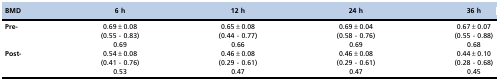
| BMD | 6 h | 12 h | 24 h | 36 h |
 | --- | --- | --- | --- | --- |
 | <ROWSPAN=3> Pre- | 0.69±0.08 | 0.65±0.08 | 0.69±0.04 | 0.67±0.07 |
 | (0.55 - 0.83) | (0.44 - 0.77) | (0.58 - 0.76) | (0.55 - 0.88) |
 | 0.69 | 0.66 | 0.69 | 0.68 |
 | <ROWSPAN=3> Post- | 0.54±0.08 | 0.46±0.08 | 0.46±0.08 | 0.44±0.10 |
 | (0.41 - 0.76) | (0.29 - 0.61) | (0.29 - 0.61) | (0.28 - 0.68) |
 | 0.53 | 0.47 | 0.47 | 0.45 |